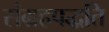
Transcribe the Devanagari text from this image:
संग्रहपद्धति